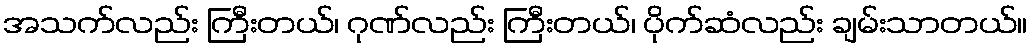
အသက်လည်း ကြီးတယ်၊ ဂုဏ်လည်း ကြီးတယ်၊ ပိုက်ဆံလည်း ချမ်းသာတယ်။